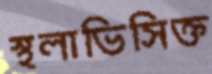
স্থলাভিসিক্ত